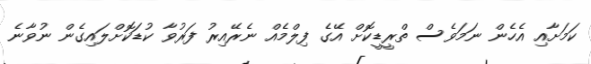
ކަމަށާއި އެހެން ނަމަވެސް ތްރީޑީކޮށް އޭގެ ފިލްމެއް ނެރޭއިރު ފަރުވާ ކުޑަކޮށްލައިގެން ނުވާނެ